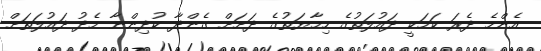
އެންމެ ދެރަ ކަމަކީ ދައުލަތުގެ ހިމާޔަތުގެ ދަށަށް ގެންދާ ކުދިންނާ މެދު ދައުލަތަށް